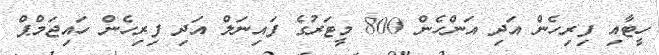
ހީޓާއި ފިރިހެން އަދި އަންހެން 800 މީޓަރުގެ ފައިނަލް އަދި ފިރިހެން ހައިޖަމްޕް